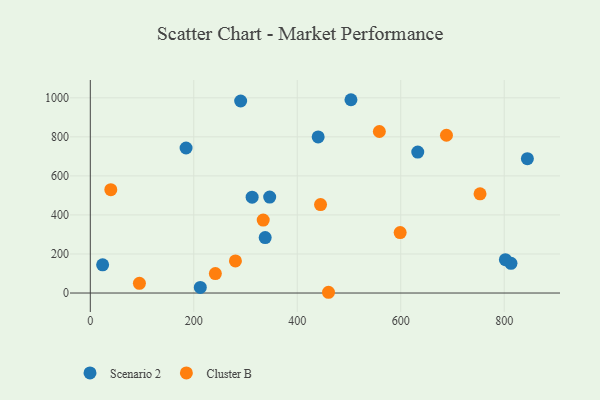
{"axis": {"x": "Distance", "y": "Rating"}, "legend": ["Cluster B", "Scenario 2"], "data": [{"x": "503.8", "y": 990.2, "type": "Scenario 2"}, {"x": "23.8", "y": 144.4, "type": "Scenario 2"}, {"x": "632.9", "y": 722.0, "type": "Scenario 2"}, {"x": "312.8", "y": 491.1, "type": "Scenario 2"}, {"x": "813.1", "y": 152.1, "type": "Scenario 2"}, {"x": "212.6", "y": 28.6, "type": "Scenario 2"}, {"x": "346.7", "y": 491.6, "type": "Scenario 2"}, {"x": "844.8", "y": 688.1, "type": "Scenario 2"}, {"x": "290.6", "y": 983.6, "type": "Scenario 2"}, {"x": "440.4", "y": 799.5, "type": "Scenario 2"}, {"x": "802.3", "y": 170.7, "type": "Scenario 2"}, {"x": "338.0", "y": 283.9, "type": "Scenario 2"}, {"x": "185.1", "y": 743.0, "type": "Scenario 2"}, {"x": "241.7", "y": 99.6, "type": "Cluster B"}, {"x": "688.4", "y": 808.2, "type": "Cluster B"}, {"x": "94.9", "y": 49.7, "type": "Cluster B"}, {"x": "445.0", "y": 452.9, "type": "Cluster B"}, {"x": "280.5", "y": 164.3, "type": "Cluster B"}, {"x": "460.4", "y": 3.8, "type": "Cluster B"}, {"x": "39.6", "y": 529.3, "type": "Cluster B"}, {"x": "598.9", "y": 309.5, "type": "Cluster B"}, {"x": "334.2", "y": 373.8, "type": "Cluster B"}, {"x": "558.7", "y": 827.3, "type": "Cluster B"}, {"x": "753.3", "y": 508.0, "type": "Cluster B"}]}